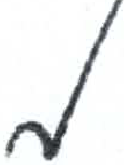
אות: מ